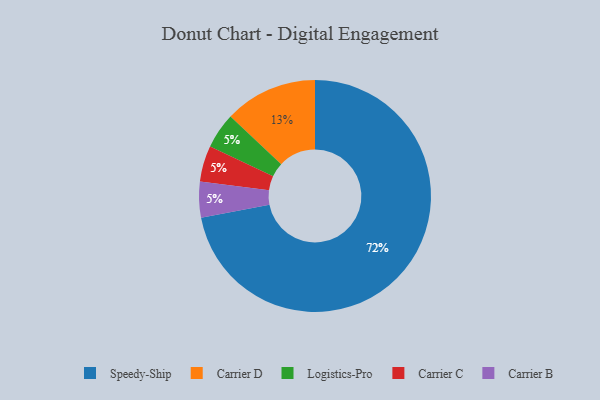
{"axis": {"x": "Category", "y": "Percentage"}, "legend": ["Carrier B", "Carrier C", "Carrier D", "Logistics-Pro", "Speedy-Ship"], "data": [{"x": "Speedy-Ship", "y": 72, "type": "Speedy-Ship"}, {"x": "Logistics-Pro", "y": 5, "type": "Logistics-Pro"}, {"x": "Carrier C", "y": 5, "type": "Carrier C"}, {"x": "Carrier D", "y": 13, "type": "Carrier D"}, {"x": "Carrier B", "y": 5, "type": "Carrier B"}]}